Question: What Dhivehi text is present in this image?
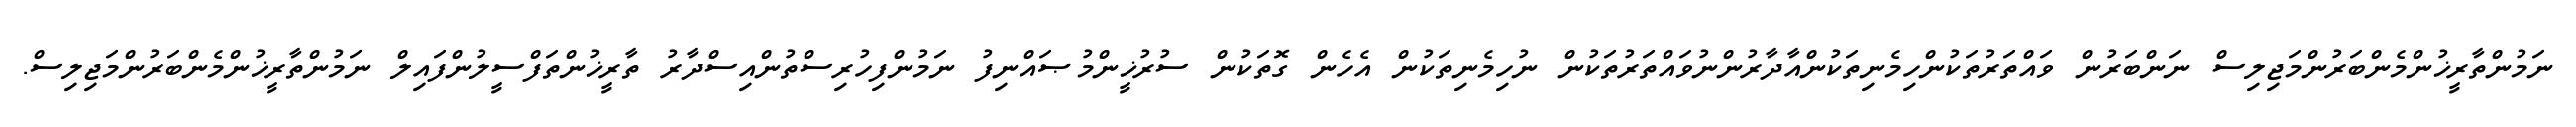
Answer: ނަމުންތާރީޚުންމެންބަރުންމަޖިލިސް ނަންބަރުން ވައްތަރުތަކުންހިމެނިތަކުންއާދާރުންނުވައްތަރުތަކުން ނުހިމެނިތަކުން އެހެން ގޮތަކުން ސުރުޚީންމުޞައްނިފު ނަމުންފިހުރިސްތުންއިސްދާރު ތާރީޚުންތަފްސީލުންފައިލް ނަމުންތާރީޚުންމެންބަރުންމަޖިލިސް.